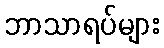
ဘာသာရပ်များ